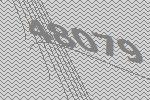
48079